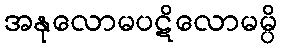
အနုလောမပဋိလောမမ္ပိ